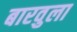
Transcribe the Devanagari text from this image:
बारवुला